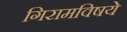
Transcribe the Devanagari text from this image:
गिरामविषये